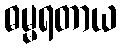
ဓမ္မရတာယ